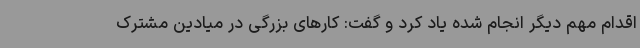
اقدام مهم دیگر انجام شده یاد کرد و گفت: کارهای بزرگی در میادین مشترک